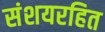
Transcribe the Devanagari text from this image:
संशयरहित